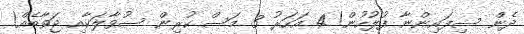
ދެން ސިފައިންނާ ފުލުހުން! 4 އަހަރު 3 މަސް ކުރިން ސުވާލަކާއި ޖަވާބެއް!